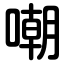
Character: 嘲